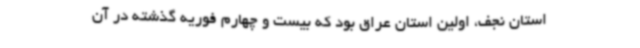
استان نجف، اولین استان عراق بود که بیست و چهارم فوریه گذشته در آن